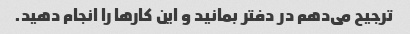
ترجیح می‌دهم در دفتر بمانید و این کارها را انجام دهید.